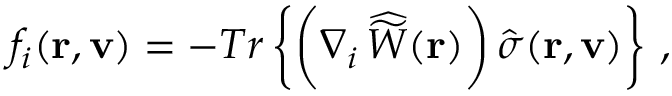
f _ { i } ( { \bf r } , { \bf v } ) = - T r \left\{ \bigg ( \nabla _ { i } \, { \widehat { \widetilde W } } ( { \bf r } ) \bigg ) \, { \hat { \sigma } } ( { \bf r } , { \bf v } ) \right\} \, ,